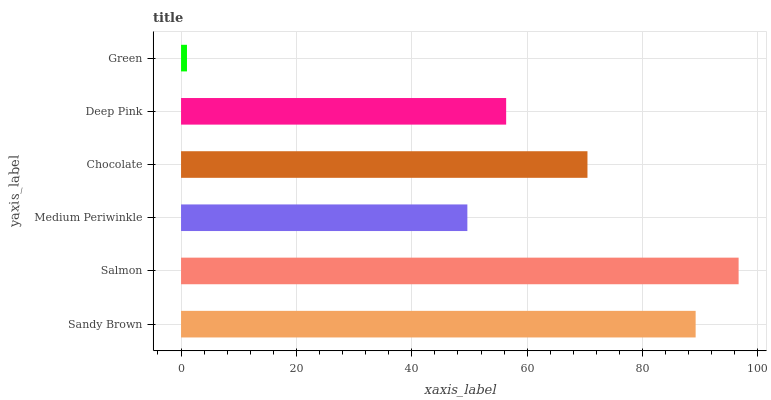
| yaxis_label | bars |
 | --- | --- |
 | Sandy Brown | 89.2 |
 | Salmon | 96.6 |
 | Medium Periwinkle | 49.6 |
 | Chocolate | 70.4 |
 | Deep Pink | 56.3 |
 | Green | 1.03 |